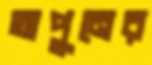
অপুনের